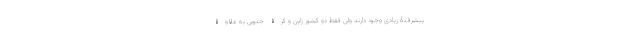
پیشرفتۀ زیادی وجود دارند ولی فقط دو کشور ژاپن و کرۀ جنوبی به علاوۀ